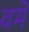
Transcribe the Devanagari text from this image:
वमें